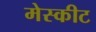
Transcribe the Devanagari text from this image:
मेस्कीट